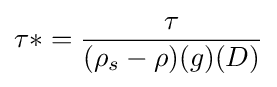
\tau *={\frac {\tau }{(\rho _{s}-\rho )(g)(D)}}